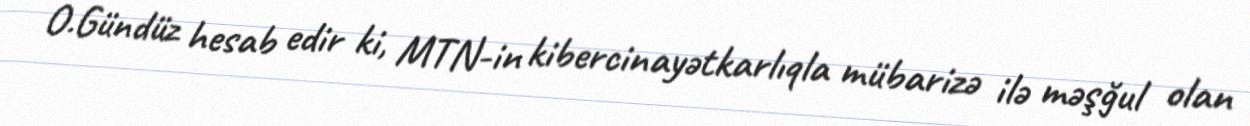
O.Gündüz hesab edir ki, MTN-in kibercinayətkarlıqla mübarizə ilə məşğul olan